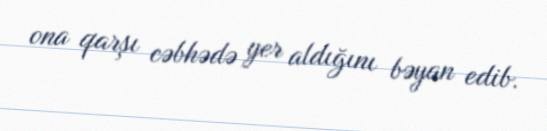
ona qarşı cəbhədə yer aldığını bəyan edib.